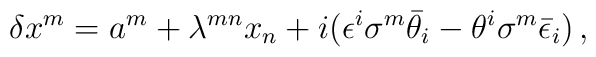
\delta x^m = a^m + \lambda^{mn} x_n  + i( \epsilon^i  \sigma ^m\bar \theta_i - \theta^i  \sigma ^m\bar \epsilon_i)\,,